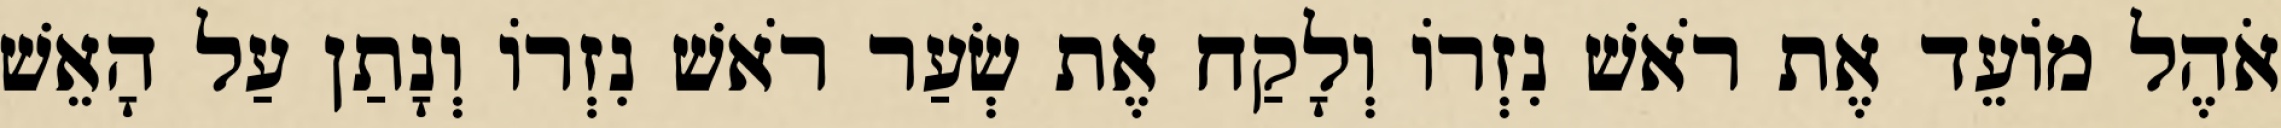
אֹהֶל מוֹעֵד אֶת רֹאשׁ נִזְרוֹ וְלָקַח אֶת שְׂעַר רֹאשׁ נִזְרוֹ וְנָתַן עַל הָאֵשׁ